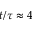
t / \tau \approx 4